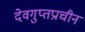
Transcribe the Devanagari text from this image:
देवगुप्तप्राचीन